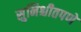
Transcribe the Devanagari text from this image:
सुनिश्चीतपणे